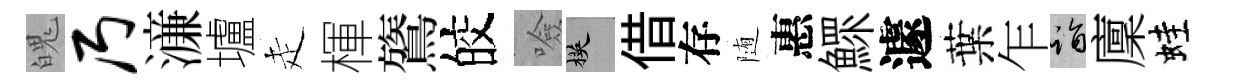
魄乃濓壚走楎鷟皎噞楧借存随惠鰥遽葉乍诣廩蛙